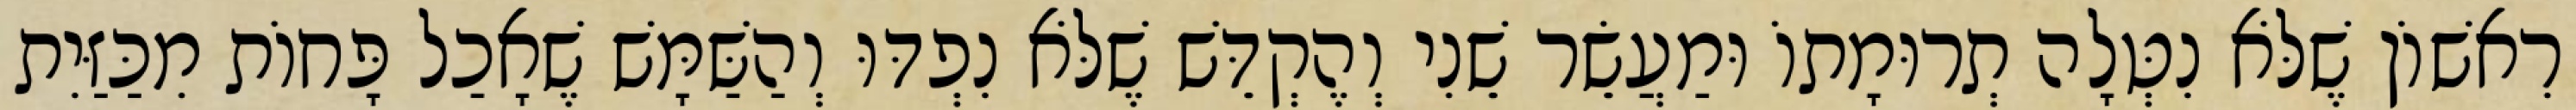
רִאשׁוֹן שֶׁלֹּא נִטְּלָה תְרוּמָתוֹ וּמַעֲשֵׂר שֵׁנִי וְהֶקְדֵּשׁ שֶׁלֹּא נִפְדּוּ וְהַשַּׁמָּשׁ שֶׁאָכַל פָּחוֹת מִכַּזַּיִת